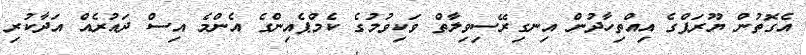
އެގޮތުން ޔޫރަޕްގެ އިއްތިހާދުން އިނގިރޭސިވިލާތް ވަކިވުމުގެ ކެމްޕެއިންގެ އެންމެ އިސް ދައުރެއް އަދާކުރި